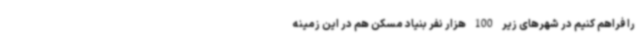
را فراهم کنیم در شهرهای زیر 100 هزار نفر بنیاد مسکن هم در این زمینه